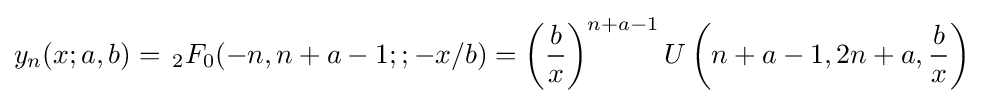
y_{n}(x;a,b)=\,_{2}F_{0}(-n,n+a-1;;-x/b)=\left({\frac {b}{x}}\right)^{n+a-1}U\left(n+a-1,2n+a,{\frac {b}{x}}\right)